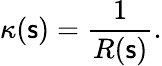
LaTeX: \kappa(\mathsf{s})={\frac{{1}}{{R(\mathsf{s})}}}.